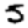
Digit: 5